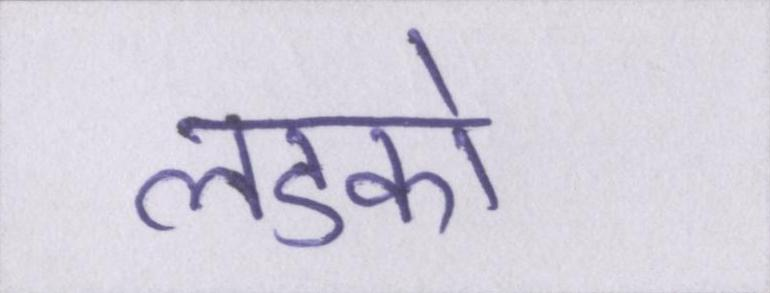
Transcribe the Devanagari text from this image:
लडको